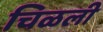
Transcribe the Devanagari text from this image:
चिळली